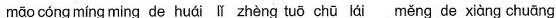
māo cóng míng ming de huái lǐ zhèng tuō chū lái měng de xiàng chāung